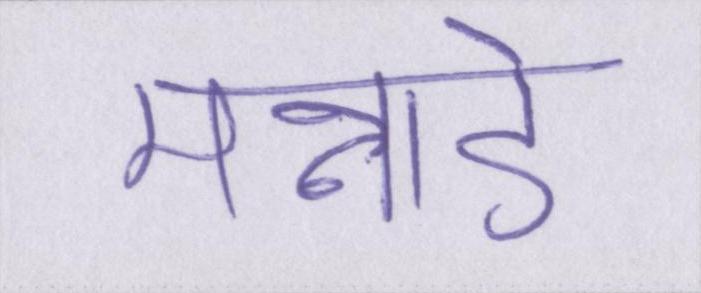
मन्नाडे